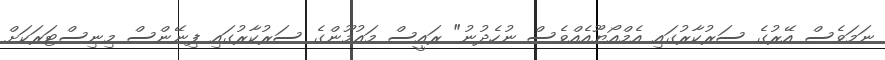
ނަމަވެސް އޭރުގެ ސަރުކާރުގައި އެމްއޯޔޫއެއްވެސް ނުހެދުނު" ރައީސް މައުމޫންގެ ސަރުކާރުގައި ފިނޭންސް މިނިސްޓަރަކަށް